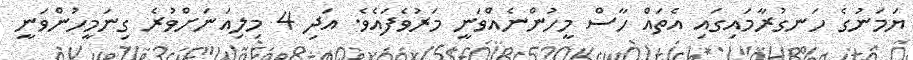
ޔަމަނުގެ ހަނގުރާމައިގައި އެތައް ހާސް މީހުންނެއްވަނީ މަރުވެފައެވެ. އަދި 4 މިލިއަނަށްވުރެ ގިނަމީހުންވަނީ